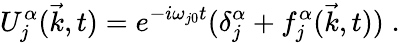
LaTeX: U_{j}^{\alpha}(\vec{k},t)=e^{-i\omega_{j0}t}(\delta_{j}^{\alpha}+f_{j}^{\alpha}(\vec{k},t))\; .